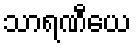
သာရဏီယေ